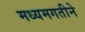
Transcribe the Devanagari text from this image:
मध्यमगतीने